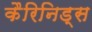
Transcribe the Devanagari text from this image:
कैरिनिड्स